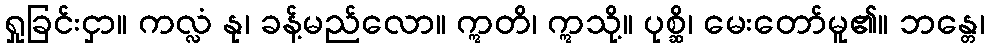
ရှုခြင်းငှာ။ ကလ္လံ နု၊ ခန့်မည်လော။ ဣတိ၊ ဣသို့။ ပုစ္ဆိ၊ မေးတော်မူ၏။ ဘန္တေ၊